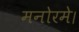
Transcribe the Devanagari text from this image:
मनोरमे।